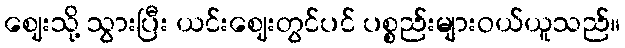
ဈေးသို့ သွားပြီး ယင်းဈေးတွင်ပင် ပစ္စည်းများဝယ်ယူသည်။